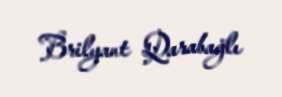
Brilyant Qarabağlı